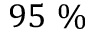
9 5 ~ \%